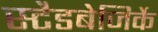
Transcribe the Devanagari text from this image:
स्टैडबेजिर्के